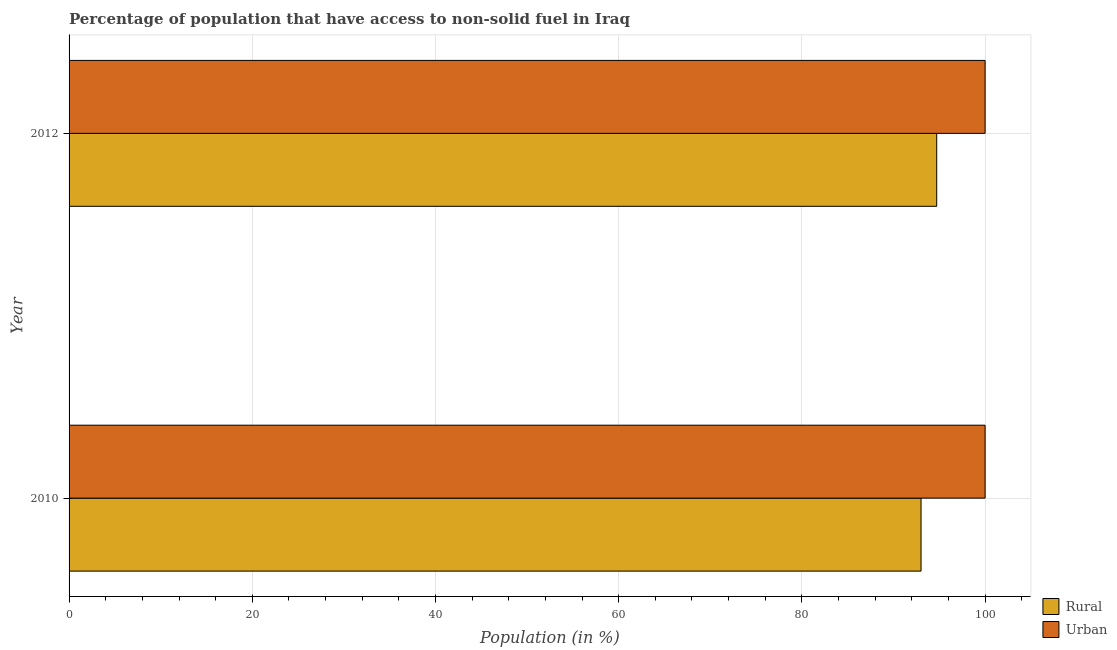
| Year | Rural | Urban |
 | --- | --- | --- |
 | 2010 | 93 | 100 |
 | 2012 | 94.7 | 100 |